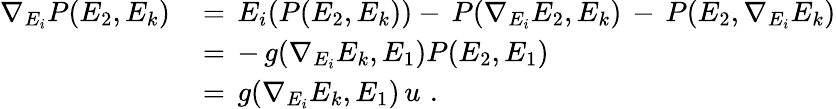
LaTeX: \begin{array}{rl}{\nabla_{E_{i}}P(E_{2},E_{k})\, }&{=\, E_{i}(P(E_{2},E_{k}))-\, P(\nabla_{E_{i}}E_{2},E_{k})\, -\, P(E_{2},\nabla_{E_{i}}E_{k})}\\ &{=\, -\, g(\nabla_{E_{i}}E_{k},E_{1})P(E_{2},E_{1})}\\ &{=\, g(\nabla_{E_{i}}E_{k},E_{1})\, u\, \, .}\end{array}